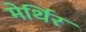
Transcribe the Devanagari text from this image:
मेर्थिर